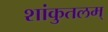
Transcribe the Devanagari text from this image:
शांकुतलम्